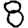
Digit: 8